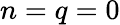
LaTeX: n=q=0